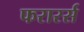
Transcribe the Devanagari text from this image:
फरारर्स